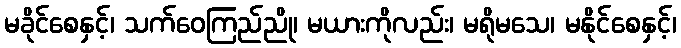
မခိုင်စေနှင့်၊ သက်ဝေကြည်ညို၊ မယားကိုလည်း၊ မရိုမသေ၊ မနိုင်စေနှင့်၊